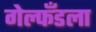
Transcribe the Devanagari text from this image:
गेल्फँडला